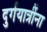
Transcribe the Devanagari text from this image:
दुर्गयात्रींना